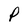
Character: P